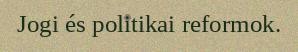
Jogi és politikai reformok.